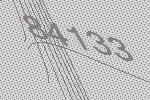
84133